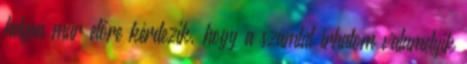
helyen már előre kérdezik, hogy a számlát írhatom valamelyik